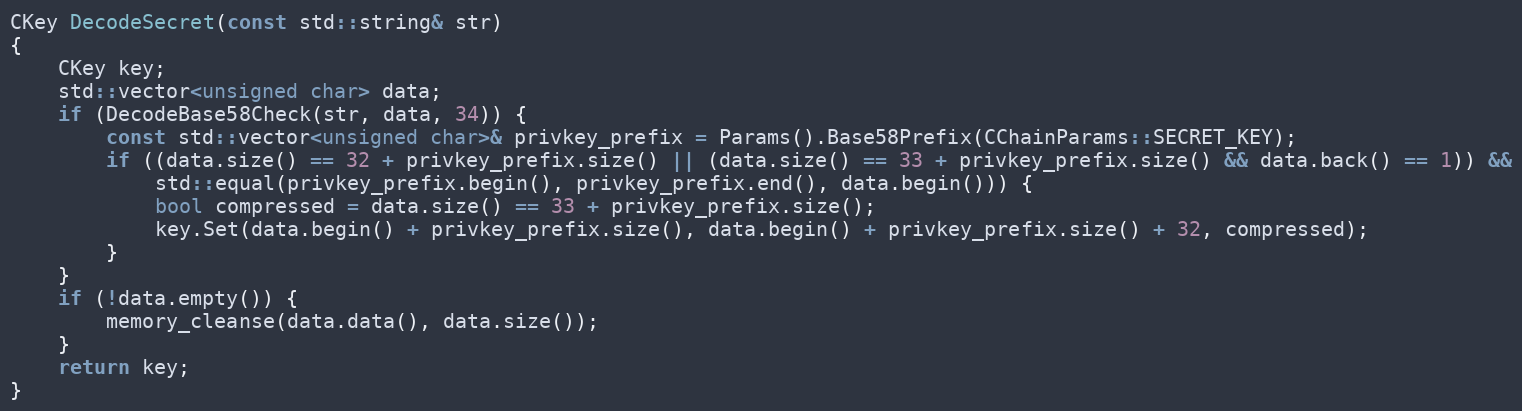
Language: C++
CKey DecodeSecret(const std::string& str)
{
    CKey key;
    std::vector<unsigned char> data;
    if (DecodeBase58Check(str, data, 34)) {
        const std::vector<unsigned char>& privkey_prefix = Params().Base58Prefix(CChainParams::SECRET_KEY);
        if ((data.size() == 32 + privkey_prefix.size() || (data.size() == 33 + privkey_prefix.size() && data.back() == 1)) &&
            std::equal(privkey_prefix.begin(), privkey_prefix.end(), data.begin())) {
            bool compressed = data.size() == 33 + privkey_prefix.size();
            key.Set(data.begin() + privkey_prefix.size(), data.begin() + privkey_prefix.size() + 32, compressed);
        }
    }
    if (!data.empty()) {
        memory_cleanse(data.data(), data.size());
    }
    return key;
}